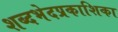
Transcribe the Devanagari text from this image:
शब्दभेदप्रकाशिका